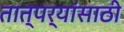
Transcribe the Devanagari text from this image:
तात्पर्यांसाठी